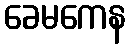
ခေမကေန